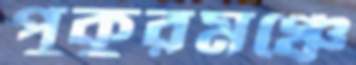
পুকুরমঞ্চে